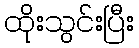
ထိုးသွင်းပြီး